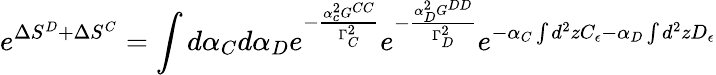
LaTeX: e^{\Delta S^{D}+\Delta S^{C}}=\int d\alpha_{C}d\alpha_{D}e^{-\frac{\alpha_{c}^{2}G^{CC}}{\Gamma_{C}^{2}}}e^{-\frac{\alpha_{D}^{2}G^{DD}}{\Gamma_{D}^{2}}}e^{-\alpha_{C}\int d^{2}zC_{\epsilon}-\alpha_{D}\int d^{2}zD_{\epsilon}}